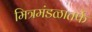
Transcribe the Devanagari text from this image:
मित्रमंडळातर्फे